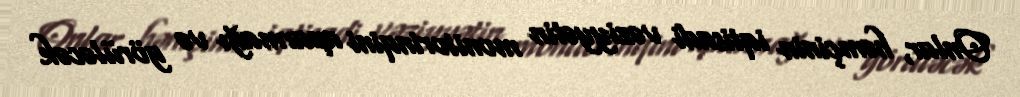
Onlar, həmçinin iqtisadi vəziyyətin monitorinqini aparmağı və görüləcək